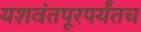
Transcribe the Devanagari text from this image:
यशवंतपूरपर्यंतच